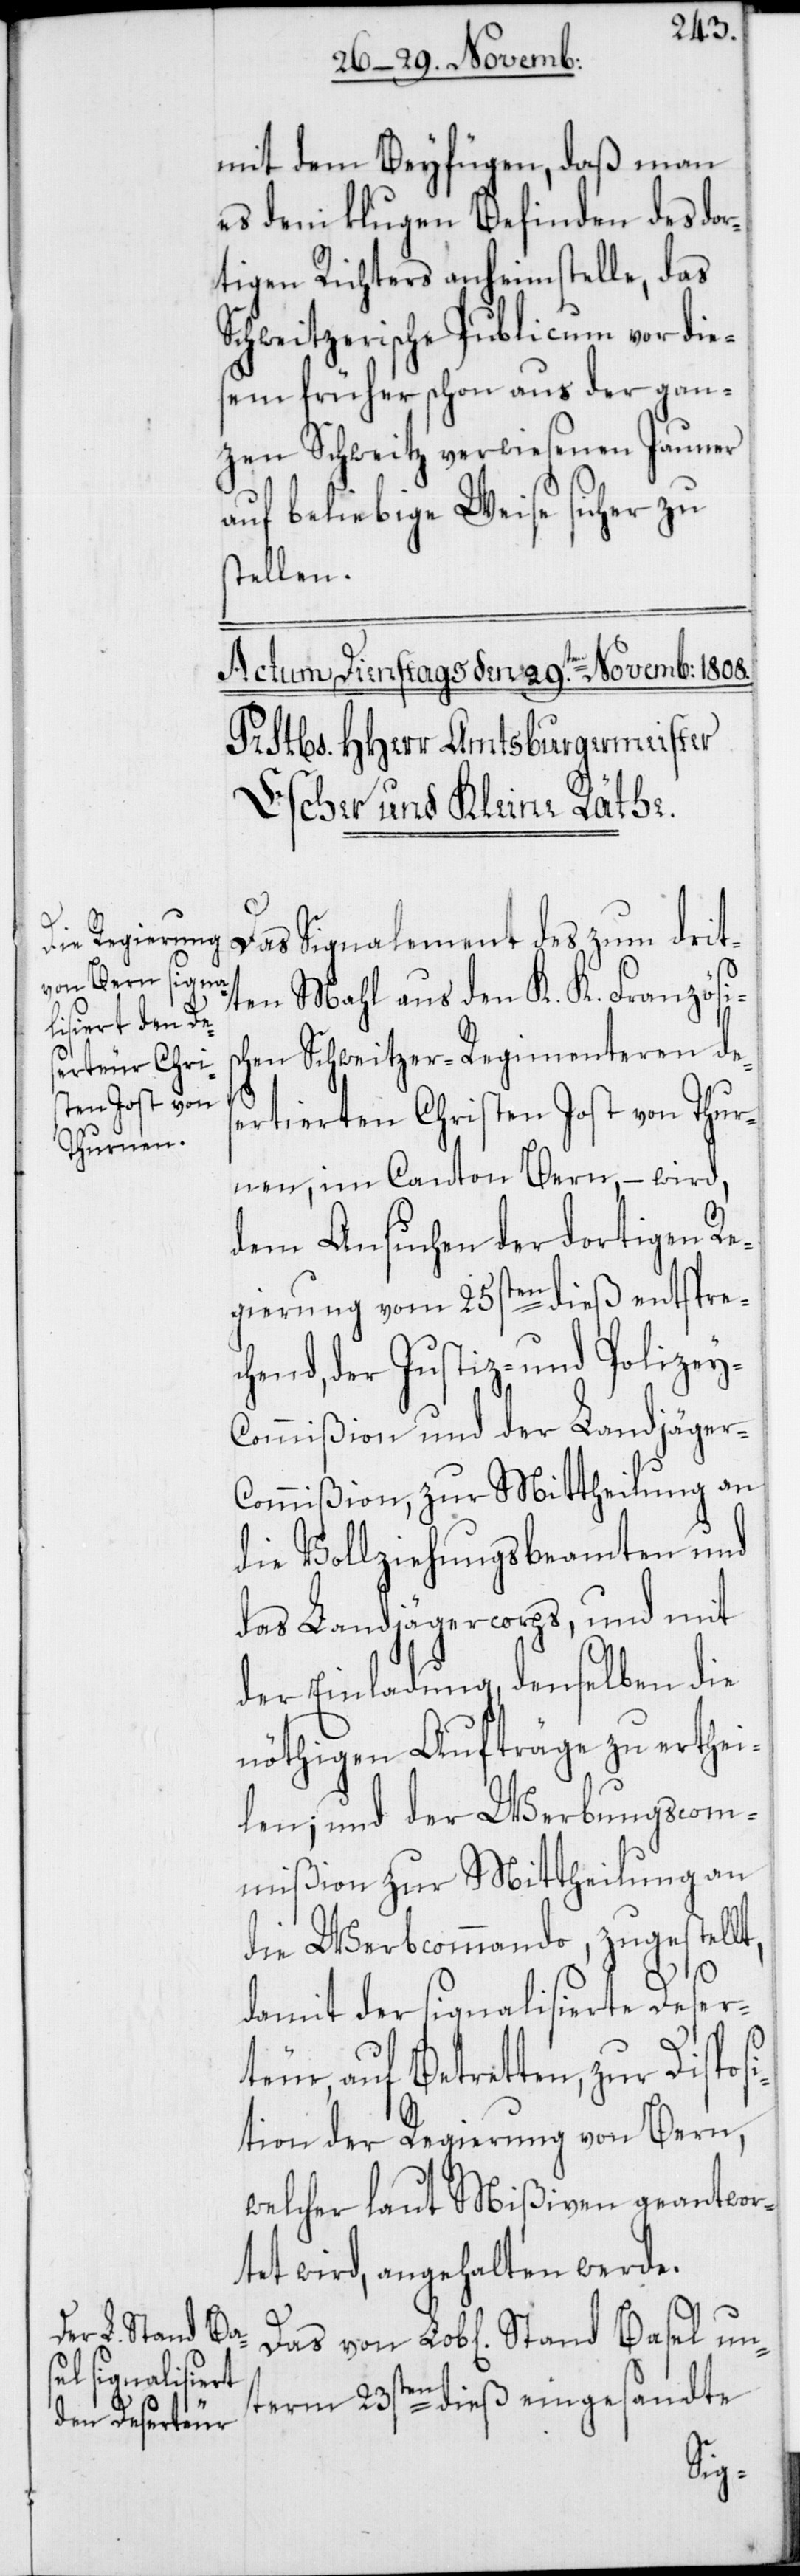
mit dem Beyfügen, daß man
es dem klugen Befinden des do¬
rtigen Richters anheimstelle, das
Schweitzerische Publicum vor die¬
sem früher schon aus der gan¬
zen Schweitz verwiesenen Jauner
auf beliebige Weise sicher zu
stellen.
Das Signalement des zum drit¬
ten Mahl aus den K. K. Französis¬
chen Schweitzer-Regimenteren des¬
ertierten Christen Jost von Thur¬
nen, im Canton Bern, – wird,
dem Ansuchen der dortigen Re¬
gierung vom 25sten dieß entspre¬
chend, der Justiz- und Polizey-C¬
ommißion und der Landjäger-C¬
ommißion, zur Mittheilung an
die Vollziehungsbeamten und
des Landjägercorps, und mit
der Einladung, denselben die
nöthigen Aufträge zu erthei¬
len; und der Werbungscom¬
mißion zur Mittheilung an
die Werbcommando, zugestellt,
damit der signalisierte Desert¬
eur, auf Betretten, zur Dispos¬
ition der Regierung von Bern,
welcher laut Mißiven geantwor¬
tet wird, angehalten werde.
un¬
term 23sten dieß eingesandte